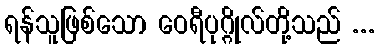
ရန်သူဖြစ်သော ဝေရီပုဂ္ဂိုလ်တို့သည် ...